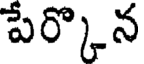
పేర్కొన